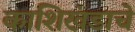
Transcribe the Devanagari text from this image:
काशिखंडाचे